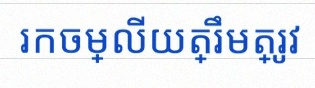
រកចម្លើយត្រឹមត្រូវ